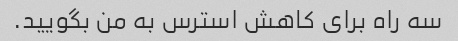
سه راه برای کاهش استرس به من بگویید.